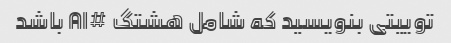
توییتی بنویسید که شامل هشتگ #AI باشد